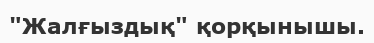
"Жалғыздық" қорқынышы.